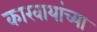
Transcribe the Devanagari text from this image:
कारवायांच्या